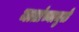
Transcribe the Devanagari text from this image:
मातांच्यामुळे